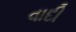
વાદી